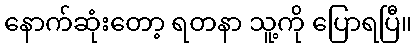
နောက်ဆုံးတော့ ရတနာ သူ့ကို ပြောရပြီ။